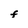
Character: F